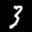
Label: 3